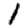
Digit: 1